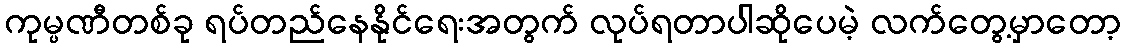
ကုမ္ပဏီတစ်ခု ရပ်တည်နေနိုင်ရေးအတွက် လုပ်ရတာပါဆိုပေမဲ့ လက်တွေ့မှာတော့